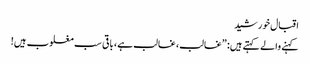
اقبال خورشید
کہنے والے کہتے ہیں: ”غالب، غالب ہے، باقی سب مغلوب ہیں!